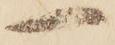
一